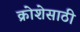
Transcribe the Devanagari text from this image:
क्रोशेसाठी